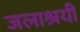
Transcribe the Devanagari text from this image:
जलाश्रयी